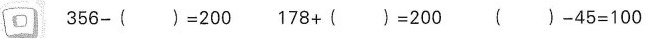
口$$3 5 6 - ( ) = 2 0 0$$ $$1 7 8 + ( ) = 2 0 0$$ $$( ) - 4 5 = 1 0 0$$